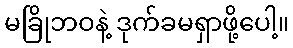
မခြိုဘဝနဲ့ ဒုက်ခမရှာဖို့ပေါ့။